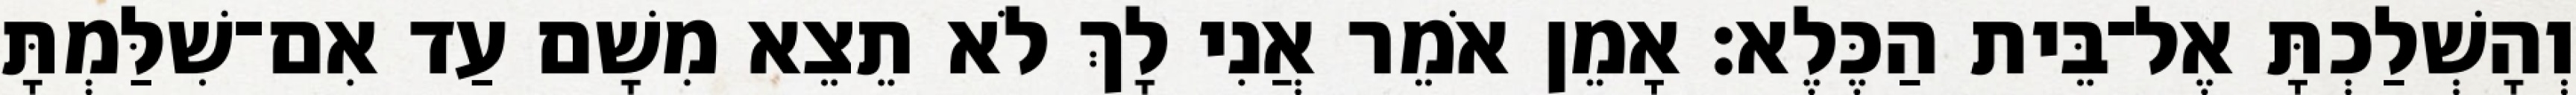
וְהָשְׁלַכְתָּ אֶל־בֵּית הַכֶּלֶא׃ אָמֵן אֹמֵר אֲנִי לָךְ לֹא תֵצֵא מִשָׁם עַד אִם־שִׁלַּמְתָּ